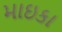
માઇકા